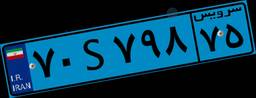
۵۰S۲۱۷۴۴